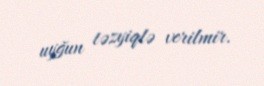
uyğun təzyiqlə verilmir.